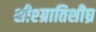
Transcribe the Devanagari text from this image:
शीश्ग्रातिशीघ्र